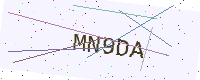
Text: MN9DA